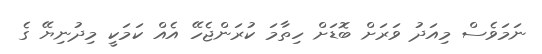
ނަމަވެސް މިއަދު ވަރަށް ބޮޑަށް ހިތާމަ ކުރަންޖެހޭ އެއް ކަމަކީ މިދުނިޔޭ ގެ